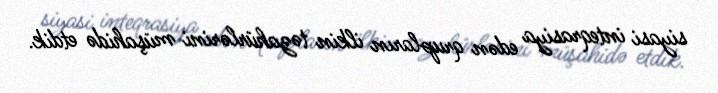
siyasi inteqrasiya edən qrupların ilkin təzahürlərini müşahidə etdik.